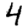
Digit: 4